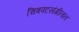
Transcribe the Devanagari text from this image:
चित्रपटसंगीतात